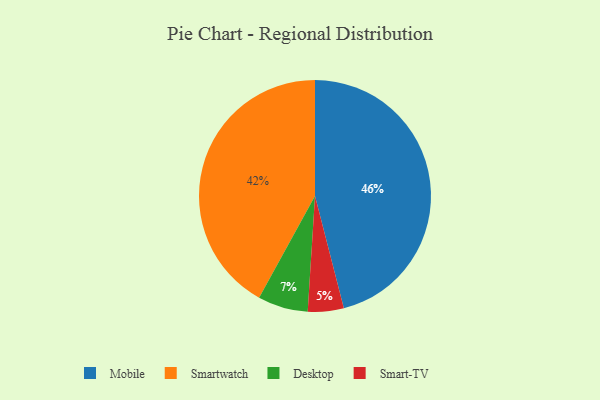
{"axis": {"x": "Category", "y": "Percentage"}, "legend": ["Desktop", "Mobile", "Smart-TV", "Smartwatch"], "data": [{"x": "Mobile", "y": 46, "type": "Mobile"}, {"x": "Desktop", "y": 7, "type": "Desktop"}, {"x": "Smartwatch", "y": 42, "type": "Smartwatch"}, {"x": "Smart-TV", "y": 5, "type": "Smart-TV"}]}